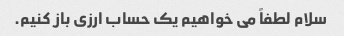
سلام لطفاً می خواهیم یک حساب ارزی باز کنیم.